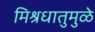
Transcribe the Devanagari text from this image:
मिश्रधातुमुळे